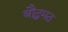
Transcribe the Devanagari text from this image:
बौद्धमठ